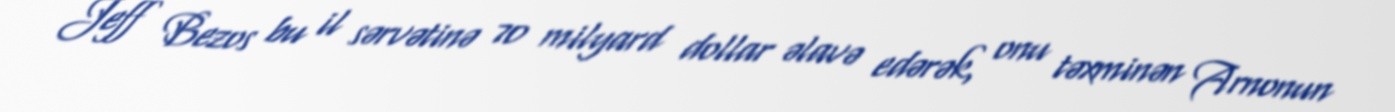
Jeff Bezos bu il sərvətinə 70 milyard dollar əlavə edərək, onu təxminən Arnonun